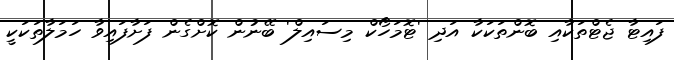
ފައިޓާ ޖެޓްތަކާއި ބޮންތަކަކާ އަދި 'ޓޮމަހޯކް މިސައިލް' ބޭނުން ކޮށްގެން ފަށާފައިވާ ހަމަލާތަކަކީ